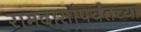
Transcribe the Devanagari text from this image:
रामदासांपर्यंतच्या